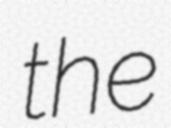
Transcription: the